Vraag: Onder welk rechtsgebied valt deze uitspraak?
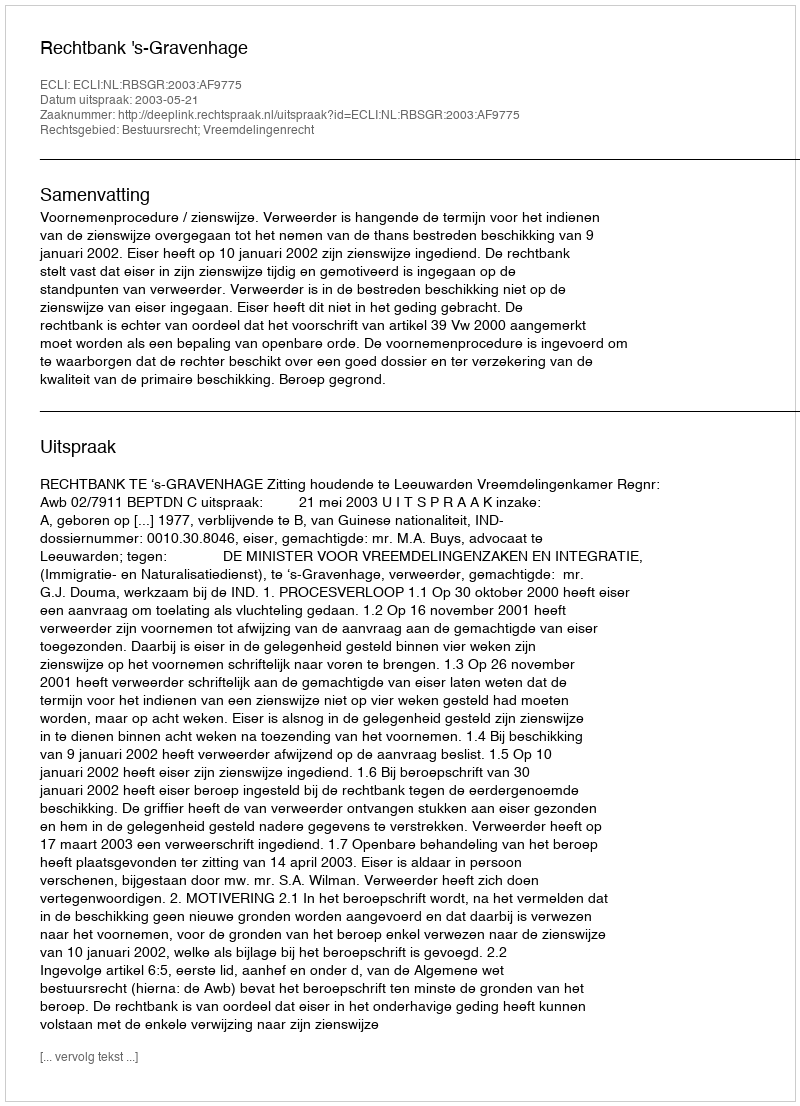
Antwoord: Bestuursrecht; Vreemdelingenrecht